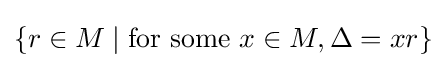
\{r\in M\mid {\text{for some }}x\in M,\Delta =xr\}